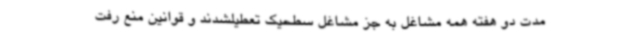
مدت دو هفته همه مشاغل به جز مشاغل سطحیک تعطیلشدند و قوانین منع رفت